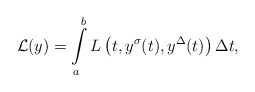
\begin{align*}\mathcal{L}(y)=\int\limits_{a}^{b}L\left(t,y^{\sigma}(t),y^{\Delta}(t)\right)\Delta t,\end{align*}